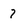
Character: 7